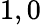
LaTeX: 1,0